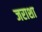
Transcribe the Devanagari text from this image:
जराशा